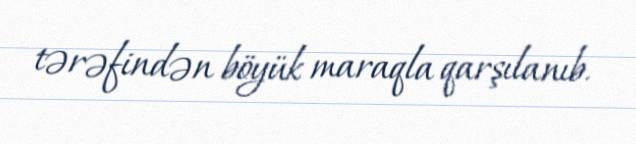
tərəfindən böyük maraqla qarşılanıb.